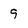
Character: 9